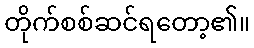
တိုက်စစ်ဆင်ရတော့၏။